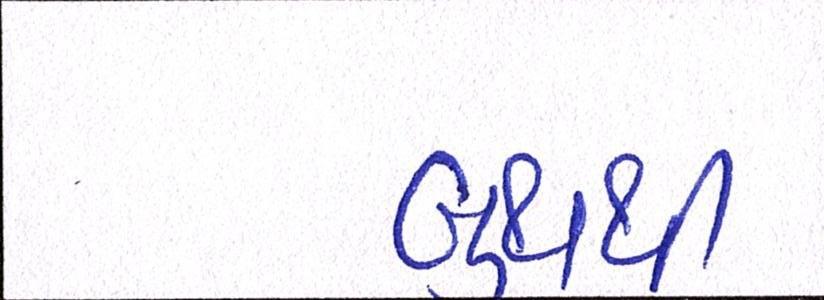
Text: બુથથી